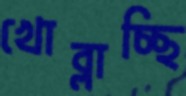
খোব্‌লাচ্ছি